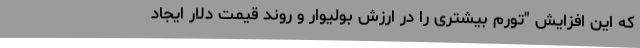
که این افزایش "تورم بیشتری را در ارزش بولیوار و روند قیمت دلار ایجاد